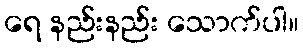
ရေ နည်းနည်း သောက်ပါ။